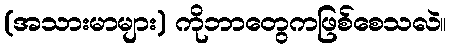
(အသားမာများ) ကိုဘာတွေကဖြစ်စေသလဲ။